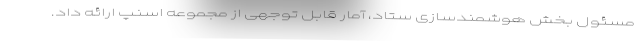
مسئول بخش هوشمندسازی ستاد، آمار قابل توجهی از مجموعه اسنپ ارائه داد.